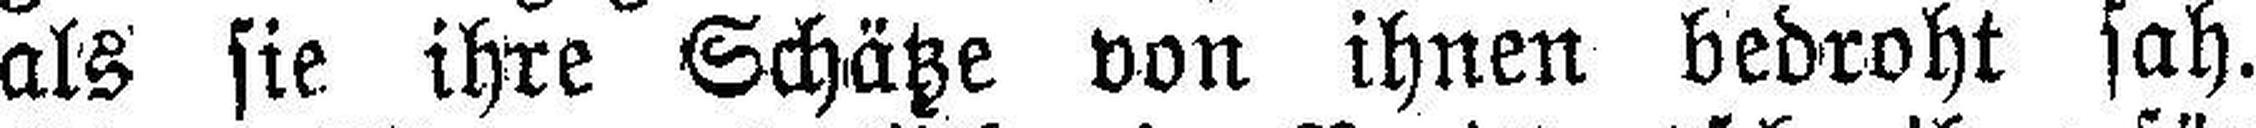
als sie ihre Schätze von ihnen bedroht sah.